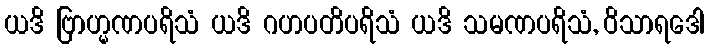
ယဒိ ဗြာဟ္မဏပရိသံ ယဒိ ဂဟပတိပရိသံ ယဒိ သမဏပရိသံ, ဝိသာရဒေါ